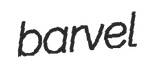
barvel